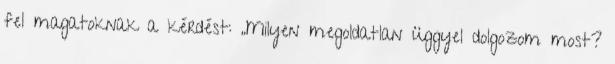
fel magatoknak a kérdést: „Milyen megoldatlan üggyel dolgozom most?